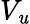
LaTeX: V_{\mathit{u}}